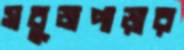
সবুজপাড়ার